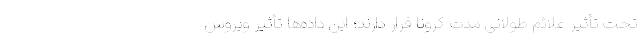
تحت تأثیر علائم طولانی مدت کرونا قرار دارند؛ این داده‌ها تأثیر ویروس